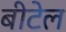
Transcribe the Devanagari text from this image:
बीटेल